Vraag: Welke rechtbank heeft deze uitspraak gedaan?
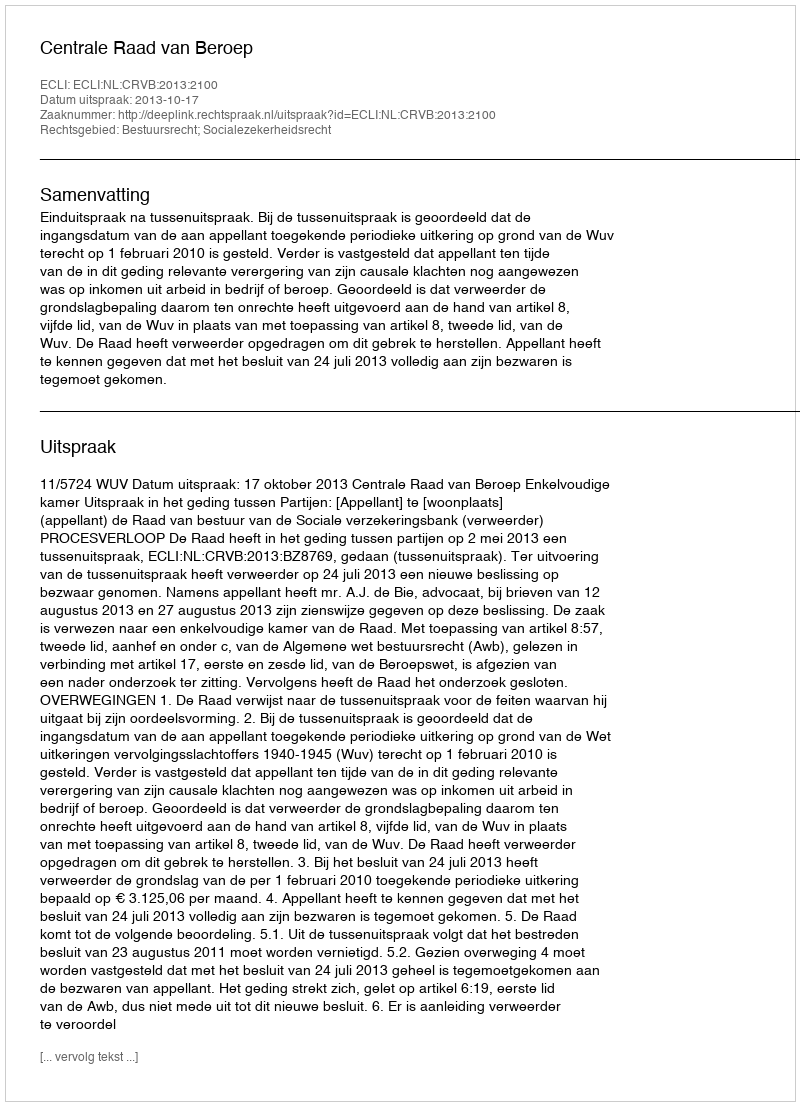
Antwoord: Centrale Raad van Beroep